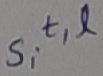
Text: S,t,l